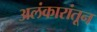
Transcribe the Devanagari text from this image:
अलंकारांतून